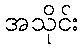
အသိုင်း